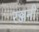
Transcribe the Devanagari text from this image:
रञ्जनी